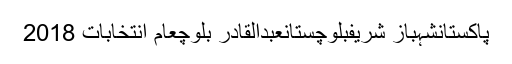
پاکستانشہباز شریفبلوچستانعبدالقادر بلوچعام انتخابات 2018